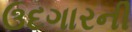
ઉદગારની